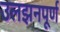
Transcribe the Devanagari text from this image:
उलझनपूर्ण